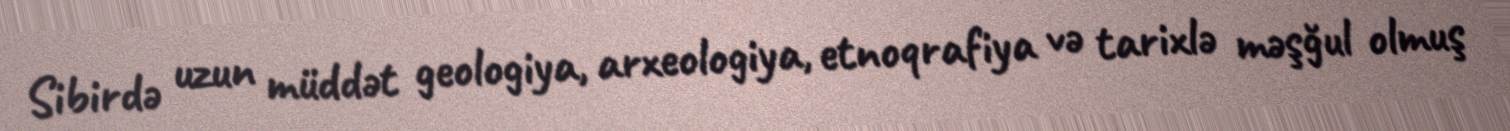
Sibirdə uzun müddət geologiya, arxeologiya, etnoqrafiya və tarixlə məşğul olmuş